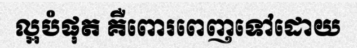
ល្អបំផុត គឺពោរពេញទៅដោយ